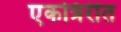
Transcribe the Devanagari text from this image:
एकत्रिरीत